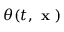
\theta ( t , { \textbf { x } } )